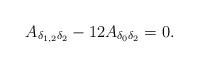
LaTeX: \begin{align*} A_{\delta_{1,2}\delta_2}-12A_{\delta_0\delta_2}=0.\end{align*}